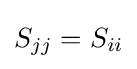
S_{jj}=S_{ii}